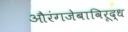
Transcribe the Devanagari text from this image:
औरंगजेबाविरूद्ध